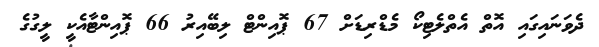
ދެވަނައިގައި އޮތް އެތްލެޓިކޯ މެޑްރިޑަށް 67 ޕޮއިންޓް ލިބޭއިރު 66 ޕޮއިންޓާއެކީ ލީގުގެ